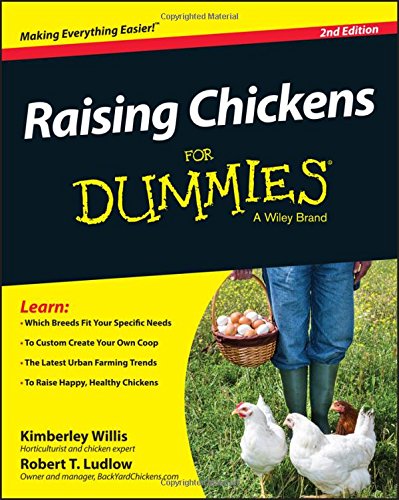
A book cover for Raising Chickens For Dummies; Kimberly Willis; Science & Math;